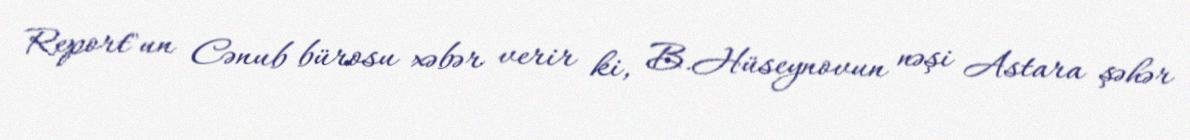
Report"un Cənub bürosu xəbər verir ki, B.Hüseynovun nəşi Astara şəhər